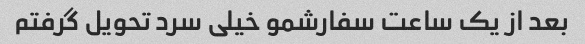
بعد از یک ساعت سفارشمو خیلی سرد تحویل گرفتم